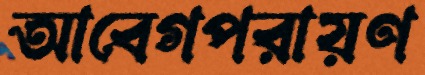
আবেগপরায়ণ